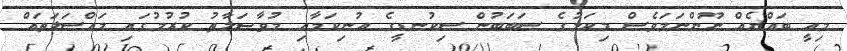
މިއީ ބައްޔެއް ނޫންނަމަވެސް މިކަމުގެ ސަބަބުން ސިކުނޑީގެ އުނިކަމާއި މުވާޞަލާތު ކުރުމުގައި މައްސަލަތައް